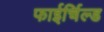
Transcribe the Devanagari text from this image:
फाईर्चिल्ड